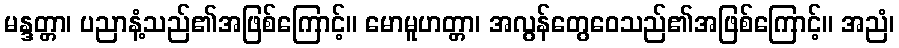
မန္ဒတ္တာ၊ ပညာနံ့သည်၏အဖြစ်ကြောင့်။ မောမူဟတ္တာ၊ အလွန်တွေဝေသည်၏အဖြစ်ကြောင့်။ အညံ၊